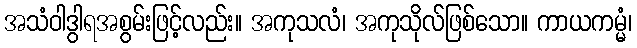
အသံဝါဒွါရအစွမ်းဖြင့်လည်း။ အကုသလံ၊ အကုသိုလ်ဖြစ်သော။ ကာယကမ္မံ၊